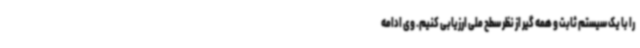
را با یک سیستم ثابت و همه گیر از نظر سطح ملی ارزیابی کنیم. وی ادامه